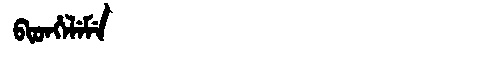
Manchu: ᠪᡳᡨᡥᡝᠯᡝᠮᡝ
Romanization: BITHELEME